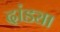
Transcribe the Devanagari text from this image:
दांड्या